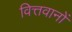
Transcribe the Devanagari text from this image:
वित्तवानों